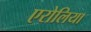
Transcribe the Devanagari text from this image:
एरोलिया